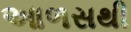
આળસથી